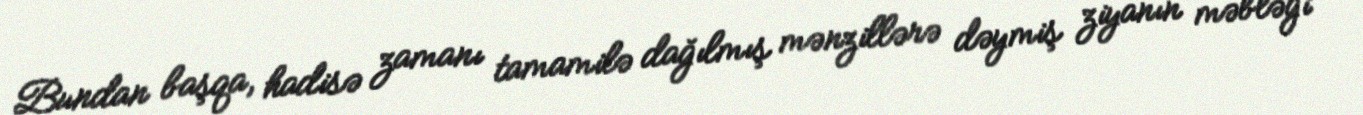
Bundan başqa, hadisə zamanı tamamilə dağılmış mənzillərə dəymiş ziyanın məbləği